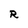
Character: R